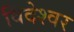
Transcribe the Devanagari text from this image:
विदेश्वर